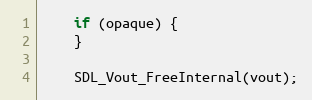
Language: C
    if (opaque) {
    }

    SDL_Vout_FreeInternal(vout);